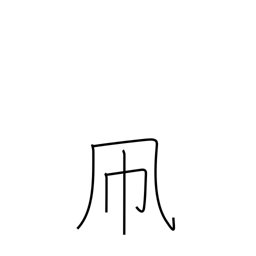
Meaning: kite